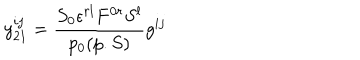
y _ { 2 1 } ^ { i j } = { \frac { S _ { 0 } \epsilon ^ { r l } F ^ { 0 r } S ^ { l } } { p _ { 0 } ( p . S ) } } g ^ { i j }